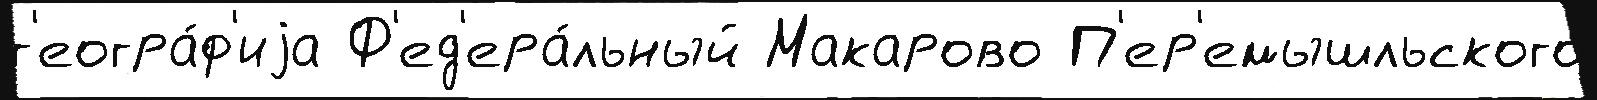
г'еогра́ф'иjа Ф'ед'ера́льный Макарово П'ер'емышльского